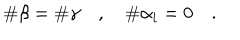
LaTeX: \# \beta = \# \gamma \quad , \quad \# \alpha _ { i } = 0 \quad .